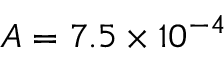
A = 7 . 5 \times 1 0 ^ { - 4 }